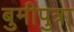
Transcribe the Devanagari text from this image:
बुमीपुत्रा